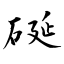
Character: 硟